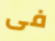
فى